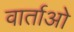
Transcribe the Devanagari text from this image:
वार्ताओ